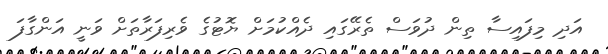
އަދި މިފައިސާ ތިން ދުވަސް ތެރޭގައި ދެއްކުމަށް ޔޮޓުގެ ވެރިފަރާތަށް ވަނީ އަންގާފަ